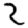
Digit: 2